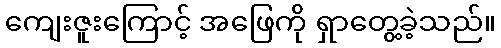
ကျေးဇူးကြောင့် အဖြေကို ရှာတွေ့ခဲ့သည်။